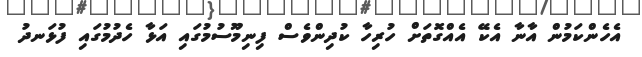
އެެހެންކަމުން އާނާ އެކޭ އެއްގޮތަށް ހުރިހާ ކުދިންވެސް ފިނިމޫސުމުގައި އަޅާ ހެދުމުގައި ފުޅަނދު